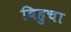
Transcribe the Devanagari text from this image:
बिहुचा